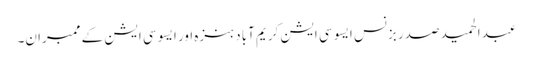
عبدالحمید صدر بزنس ایسوسی ایشن کریم آباد ہنزہ اور ایسوسی ایشن کے ممبران۔